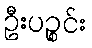
ဦးပဉ္စင်း